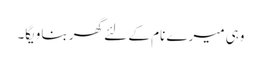
وہی میرے نام کے لئے گھر بناویگا۔